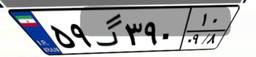
۳۵گ۶۲۲۱۸